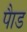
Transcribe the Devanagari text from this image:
पाैड